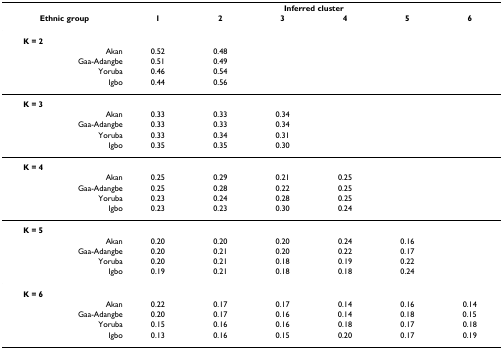
<table><thead><tr><td></td><td></td><td colspan="6"><b>Inferred cluster</b></td></tr><tr><td colspan="2"><b>Ethnic group</b></td><td><b>1</b></td><td><b>2</b></td><td><b>3</b></td><td><b>4</b></td><td><b>5</b></td><td><b>6</b></td></tr></thead><tbody><tr><td><b>K = 2</b></td><td></td><td></td><td></td><td></td><td></td><td></td><td></td></tr><tr><td></td><td>Akan</td><td>0.52</td><td>0.48</td><td></td><td></td><td></td><td></td></tr><tr><td></td><td>Gaa-Adangbe</td><td>0.51</td><td>0.49</td><td></td><td></td><td></td><td></td></tr><tr><td></td><td>Yoruba</td><td>0.46</td><td>0.54</td><td></td><td></td><td></td><td></td></tr><tr><td></td><td>Igbo</td><td>0.44</td><td>0.56</td><td></td><td></td><td></td><td></td></tr><tr><td><b>K = 3</b></td><td></td><td></td><td></td><td></td><td></td><td></td><td></td></tr><tr><td></td><td>Akan</td><td>0.33</td><td>0.33</td><td>0.34</td><td></td><td></td><td></td></tr><tr><td></td><td>Gaa-Adangbe</td><td>0.33</td><td>0.33</td><td>0.34</td><td></td><td></td><td></td></tr><tr><td></td><td>Yoruba</td><td>0.33</td><td>0.34</td><td>0.31</td><td></td><td></td><td></td></tr><tr><td></td><td>Igbo</td><td>0.35</td><td>0.35</td><td>0.30</td><td></td><td></td><td></td></tr><tr><td><b>K = 4</b></td><td></td><td></td><td></td><td></td><td></td><td></td><td></td></tr><tr><td></td><td>Akan</td><td>0.25</td><td>0.29</td><td>0.21</td><td>0.25</td><td></td><td></td></tr><tr><td></td><td>Gaa-Adangbe</td><td>0.25</td><td>0.28</td><td>0.22</td><td>0.25</td><td></td><td></td></tr><tr><td></td><td>Yoruba</td><td>0.23</td><td>0.24</td><td>0.28</td><td>0.25</td><td></td><td></td></tr><tr><td></td><td>Igbo</td><td>0.23</td><td>0.23</td><td>0.30</td><td>0.24</td><td></td><td></td></tr><tr><td><b>K = 5</b></td><td></td><td></td><td></td><td></td><td></td><td></td><td></td></tr><tr><td></td><td>Akan</td><td>0.20</td><td>0.20</td><td>0.20</td><td>0.24</td><td>0.16</td><td></td></tr><tr><td></td><td>Gaa-Adangbe</td><td>0.20</td><td>0.21</td><td>0.20</td><td>0.22</td><td>0.17</td><td></td></tr><tr><td></td><td>Yoruba</td><td>0.20</td><td>0.21</td><td>0.18</td><td>0.19</td><td>0.22</td><td></td></tr><tr><td></td><td>Igbo</td><td>0.19</td><td>0.21</td><td>0.18</td><td>0.18</td><td>0.24</td><td></td></tr><tr><td><b>K = 6</b></td><td></td><td></td><td></td><td></td><td></td><td></td><td></td></tr><tr><td></td><td>Akan</td><td>0.22</td><td>0.17</td><td>0.17</td><td>0.14</td><td>0.16</td><td>0.14</td></tr><tr><td></td><td>Gaa-Adangbe</td><td>0.20</td><td>0.17</td><td>0.16</td><td>0.14</td><td>0.18</td><td>0.15</td></tr><tr><td></td><td>Yoruba</td><td>0.15</td><td>0.16</td><td>0.16</td><td>0.18</td><td>0.17</td><td>0.18</td></tr><tr><td></td><td>Igbo</td><td>0.13</td><td>0.16</td><td>0.15</td><td>0.20</td><td>0.17</td><td>0.19</td></tr></tbody></table>